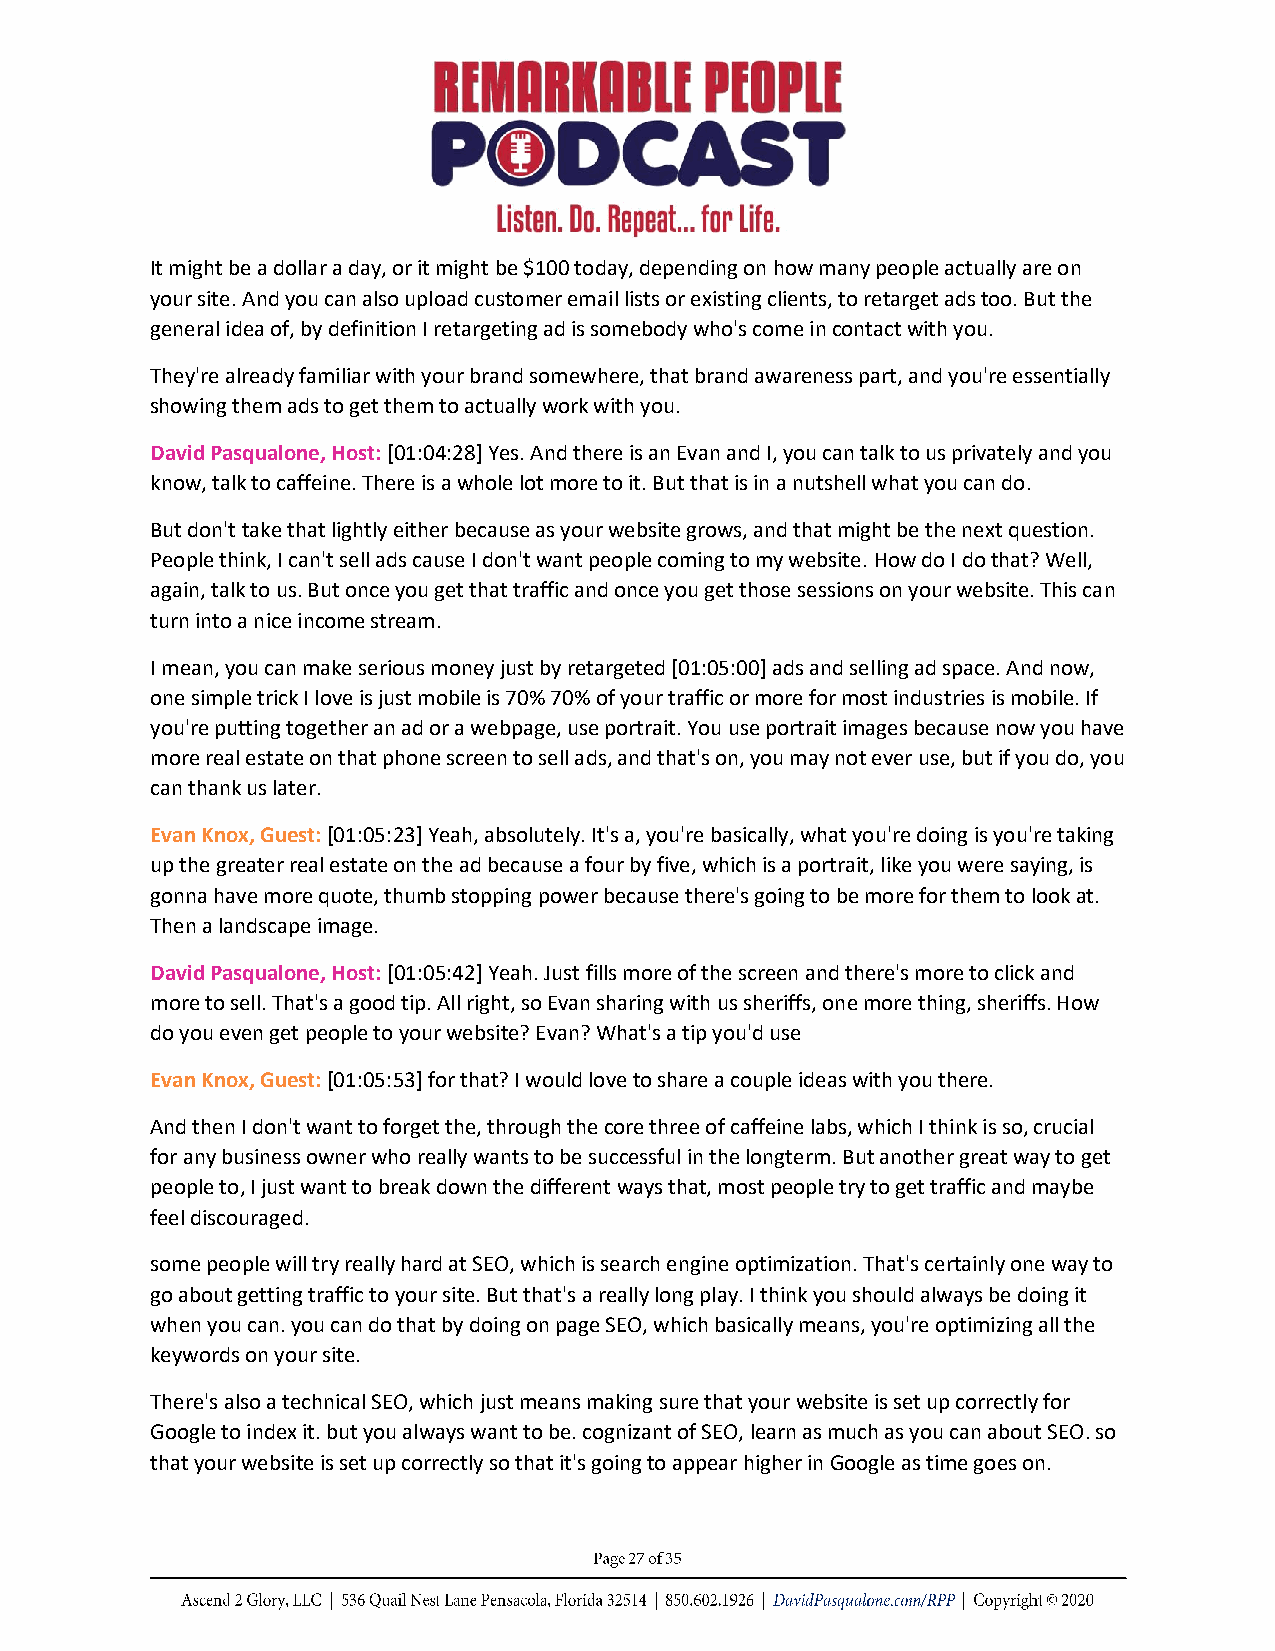
It might be a dollar a day, or it might be $100 today, depending on how many people actually are on
 your site. And you can also upload customer email lists or existing clients, to retarget ads too. But the
 general idea of, by definition I retargeting ad is somebody who's come in contact with you.
 They're already familiar with your brand somewhere, that brand awareness part, and you're essentially
 showing them ads to get them to actually work with you.
 David Pasqualone, Host: [01:04:28] Yes. And there is an Evan and I, you can talk to us privately and you
 know, talk to caffeine. There is a whole lot more to it. But that is in a nutshell what you can do.
 But don't take that lightly either because as your website grows, and that might be the next question.
 People think, I can't sell ads cause I don't want people coming to my website. How do I do that? Well,
 again, talk to us. But once you get that traffic and once you get those sessions on your website. This can
 turn into a nice income stream.
 I mean, you can make serious money just by retargeted [01:05:00] ads and selling ad space. And now,
 one simple trick I love is just mobile is 70% 70% of your traffic or more for most industries is mobile. If
 you're putting together an ad or a webpage, use portrait. You use portrait images because now you have
 more real estate on that phone screen to sell ads, and that's on, you may not ever use, but if you do, you
 can thank us later.
 Evan Knox, Guest: [01:05:23] Yeah, absolutely. It's a, you're basically, what you're doing is you're taking
 up the greater real estate on the ad because a four by five, which is a portrait, like you were saying, is
 gonna have more quote, thumb stopping power because there's going to be more for them to look at.
 Then a landscape image.
 David Pasqualone, Host: [01:05:42] Yeah. Just fills more of the screen and there's more to click and
 more to sell. That's a good tip. All right, so Evan sharing with us sheriffs, one more thing, sheriffs. How
 do you even get people to your website? Evan? What's a tip you'd use
 Evan Knox, Guest: [01:05:53] for that? I would love to share a couple ideas with you there.
 And then I don't want to forget the, through the core three of caffeine labs, which I think is so, crucial
 for any business owner who really wants to be successful in the longterm. But another great way to get
 people to, I just want to break down the different ways that, most people try to get traffic and maybe
 feel discouraged.
 some people will try really hard at SEO, which is search engine optimization. That's certainly one way to
 go about getting traffic to your site. But that's a really long play. I think you should always be doing it
 when you can. you can do that by doing on page SEO, which basically means, you're optimizing all the
 keywords on your site.
 There's also a technical SEO, which just means making sure that your website is set up correctly for
 Google to index it. but you always want to be. cognizant of SEO, learn as much as you can about SEO. so
 that your website is set up correctly so that it's going to appear higher in Google as time goes on.